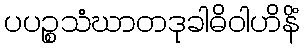
ပပဉ္စသံဃာတဒုခါဓိဝါဟိနိံ